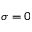
\sigma = 0